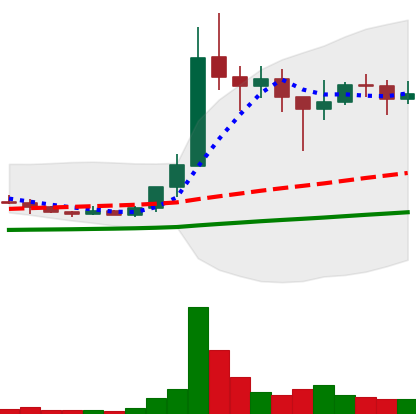
Ticker: XLM-USD
Chart end date: 2021-01-16
Forward return: -13.498%
Label: down_7plus